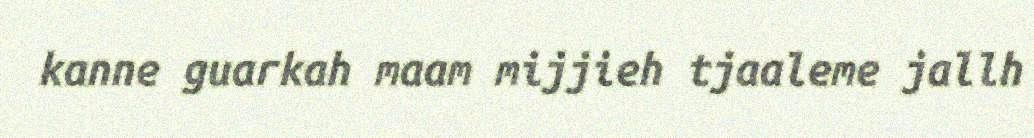
kanne guarkah maam mijjieh tjaaleme jallh